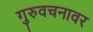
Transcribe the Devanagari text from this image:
गुरुवचनावर